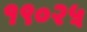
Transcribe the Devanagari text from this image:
१९०२५